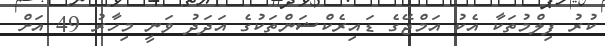
ކުރު ފިލްމުތަކާ އެކު އަމްޖޭގެ ޑައިރެކްޝަންތަކުގެ އަދަދު ވަނީ މިހާރު 49 އަށް